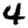
Digit: 4